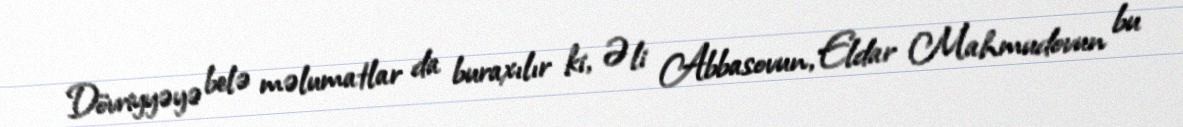
Dövriyyəyə belə məlumatlar da buraxılır ki, Əli Abbasovun, Eldar Mahmudovun bu